Indian journal of veterinary science and animal husbandry - Volume 10,
Year: 1940
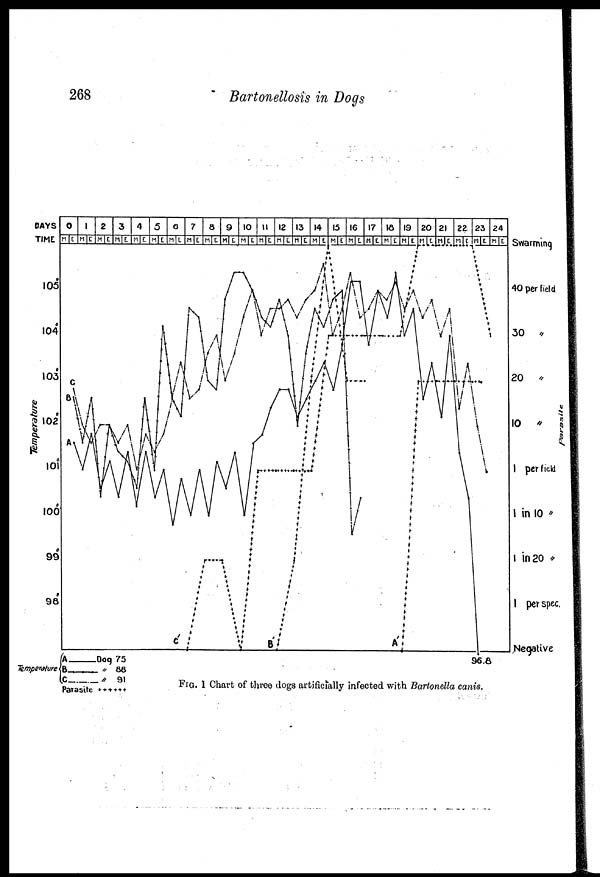
268
Bartonellosis in Dogs
FIG. 1 Chart of three dogs artificially infected with Bartonella canis.